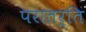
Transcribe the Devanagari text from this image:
परातर्ति